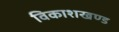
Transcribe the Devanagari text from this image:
विकाशखण्ड